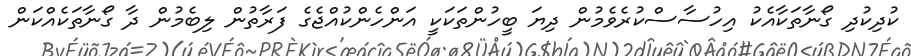
ކުދިކުދި ގޯނާތަކާއެކު އިހުސާސްކުރެވެމުން ދިޔަ ބީހުންތަކަކީ އަންހެންކުއްޖެގެ ފަރާތުން ލިބެމުން ދާ ގޯނާތަކެއްކަން